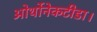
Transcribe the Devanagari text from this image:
ओर्थोनेकटीडा।